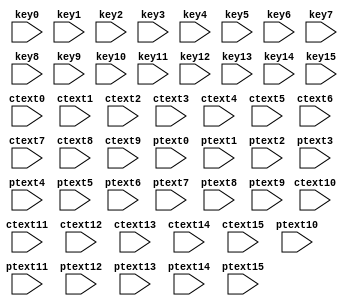
/* Machine-generated using Migen */
module AES_Dec(
	input [7:0] ctext0,
	input [7:0] ctext1,
	input [7:0] ctext2,
	input [7:0] ctext3,
	input [7:0] ctext4,
	input [7:0] ctext5,
	input [7:0] ctext6,
	input [7:0] ctext7,
	input [7:0] ctext8,
	input [7:0] ctext9,
	input [7:0] ctext10,
	input [7:0] ctext11,
	input [7:0] ctext12,
	input [7:0] ctext13,
	input [7:0] ctext14,
	input [7:0] ctext15,
	input [7:0] key0,
	input [7:0] key1,
	input [7:0] key2,
	input [7:0] key3,
	input [7:0] key4,
	input [7:0] key5,
	input [7:0] key6,
	input [7:0] key7,
	input [7:0] key8,
	input [7:0] key9,
	input [7:0] key10,
	input [7:0] key11,
	input [7:0] key12,
	input [7:0] key13,
	input [7:0] key14,
	input [7:0] key15,
	input [7:0] ptext0,
	input [7:0] ptext1,
	input [7:0] ptext2,
	input [7:0] ptext3,
	input [7:0] ptext4,
	input [7:0] ptext5,
	input [7:0] ptext6,
	input [7:0] ptext7,
	input [7:0] ptext8,
	input [7:0] ptext9,
	input [7:0] ptext10,
	input [7:0] ptext11,
	input [7:0] ptext12,
	input [7:0] ptext13,
	input [7:0] ptext14,
	input [7:0] ptext15
);

wire [7:0] temp_temp0;
wire [7:0] temp_temp1;
wire [7:0] temp_temp2;
wire [7:0] temp_temp3;
wire [7:0] temp_temp4;
wire [7:0] temp_temp5;
wire [7:0] temp_temp6;
wire [7:0] temp_temp7;
wire [7:0] temp_temp8;
wire [7:0] temp_temp9;
wire [7:0] temp_temp10;
wire [7:0] temp_temp11;
wire [7:0] temp_temp12;
wire [7:0] temp_temp13;
wire [7:0] temp_temp14;
wire [7:0] temp_temp15;
wire [7:0] temp1_temp10;
wire [7:0] temp1_temp11;
wire [7:0] temp1_temp12;
wire [7:0] temp1_temp13;
wire [7:0] temp1_temp14;
wire [7:0] temp1_temp15;
wire [7:0] temp1_temp16;
wire [7:0] temp1_temp17;
wire [7:0] temp1_temp18;
wire [7:0] temp1_temp19;
wire [7:0] temp1_temp110;
wire [7:0] temp1_temp111;
wire [7:0] temp1_temp112;
wire [7:0] temp1_temp113;
wire [7:0] temp1_temp114;
wire [7:0] temp1_temp115;
reg [7:0] temp215 = 1'd0;

// synthesis translate_off
reg dummy_s;
initial dummy_s <= 1'd0;
// synthesis translate_on
assign temp_temp0 = ptext0;
assign temp_temp1 = ptext1;
assign temp_temp2 = ptext2;
assign temp_temp3 = ptext3;
assign temp_temp4 = ptext4;
assign temp_temp5 = ptext5;
assign temp_temp6 = ptext6;
assign temp_temp7 = ptext7;
assign temp_temp8 = ptext8;
assign temp_temp9 = ptext9;
assign temp_temp10 = ptext10;
assign temp_temp11 = ptext11;
assign temp_temp12 = ptext12;
assign temp_temp13 = ptext13;
assign temp_temp14 = ptext14;
assign temp_temp15 = ptext15;
assign temp1_temp10 = ptext0;
assign temp1_temp11 = ptext1;
assign temp1_temp12 = ptext2;
assign temp1_temp13 = ptext3;
assign temp1_temp14 = ptext4;
assign temp1_temp15 = ptext5;
assign temp1_temp16 = ptext6;
assign temp1_temp17 = ptext7;
assign temp1_temp18 = ptext8;
assign temp1_temp19 = ptext9;
assign temp1_temp110 = ptext10;
assign temp1_temp111 = ptext11;
assign temp1_temp112 = ptext12;
assign temp1_temp113 = ptext13;
assign temp1_temp114 = ptext14;
assign temp1_temp115 = ptext15;

// synthesis translate_off
reg dummy_d;
// synthesis translate_on
always @(*) begin
	temp215 <= 1'd0;
	temp215 <= ptext15;
	temp215 <= ptext15;
	temp215 <= ptext15;
	temp215 <= ptext15;
	temp215 <= ptext15;
	temp215 <= ptext15;
	temp215 <= ptext15;
	temp215 <= ptext15;
	temp215 <= ptext15;
	temp215 <= ptext15;
	temp215 <= ptext15;
	temp215 <= ptext15;
	temp215 <= ptext15;
	temp215 <= ptext15;
	temp215 <= ptext15;
	temp215 <= ptext15;
// synthesis translate_off
	dummy_d <= dummy_s;
// synthesis translate_on
end

endmodule